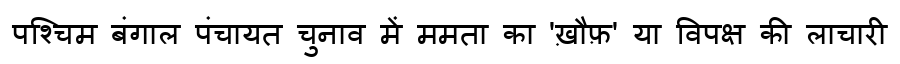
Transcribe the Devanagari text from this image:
पश्चिम बंगाल पंचायत चुनाव में ममता का 'ख़ौफ़' या विपक्ष की लाचारी